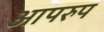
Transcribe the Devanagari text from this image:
आपरुप